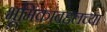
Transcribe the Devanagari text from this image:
भूमिकांबद्दलच्या